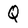
Character: Q